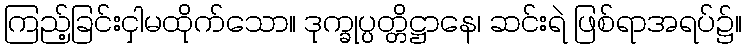
ကြည့်ခြင်းငှါမထိုက်သော။ ဒုက္ခုပ္ပတ္တိဋ္ဌာနေ၊ ဆင်းရဲ ဖြစ်ရာအရပ်၌။